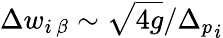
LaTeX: \Delta w_{i\, \beta}\sim\sqrt{4g}/{\Delta_{p}}_{i}